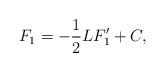
LaTeX: \begin{align*} F_1 = -\frac12 L F_1' + C,\end{align*}